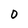
Character: 0